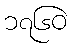
၁၇၆၀